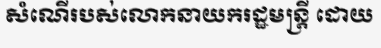
សំណើរបស់លោកនាយករដ្ឋមន្ត្រី ដោយ